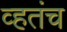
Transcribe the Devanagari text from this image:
व्हतंच